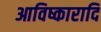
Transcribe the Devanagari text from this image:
आविष्कारादि